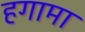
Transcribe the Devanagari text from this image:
हगामा